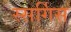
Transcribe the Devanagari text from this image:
स्सर्गिस